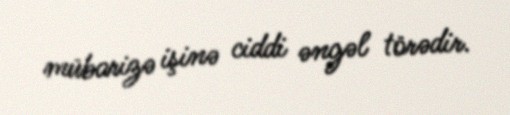
mübarizə işinə ciddi əngəl törədir.